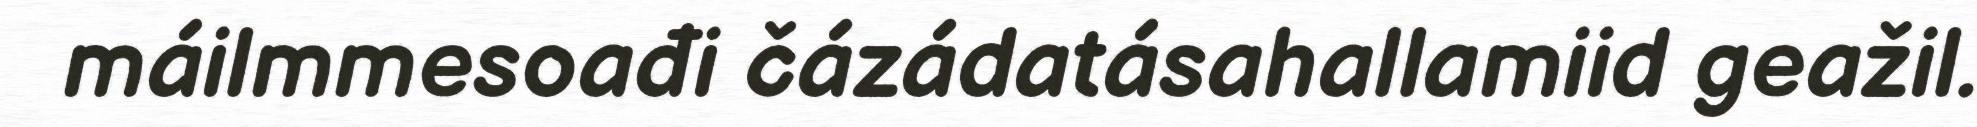
máilmmesoađi čázádatásahallamiid geažil.